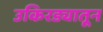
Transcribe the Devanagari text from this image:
उकिरड्यातून